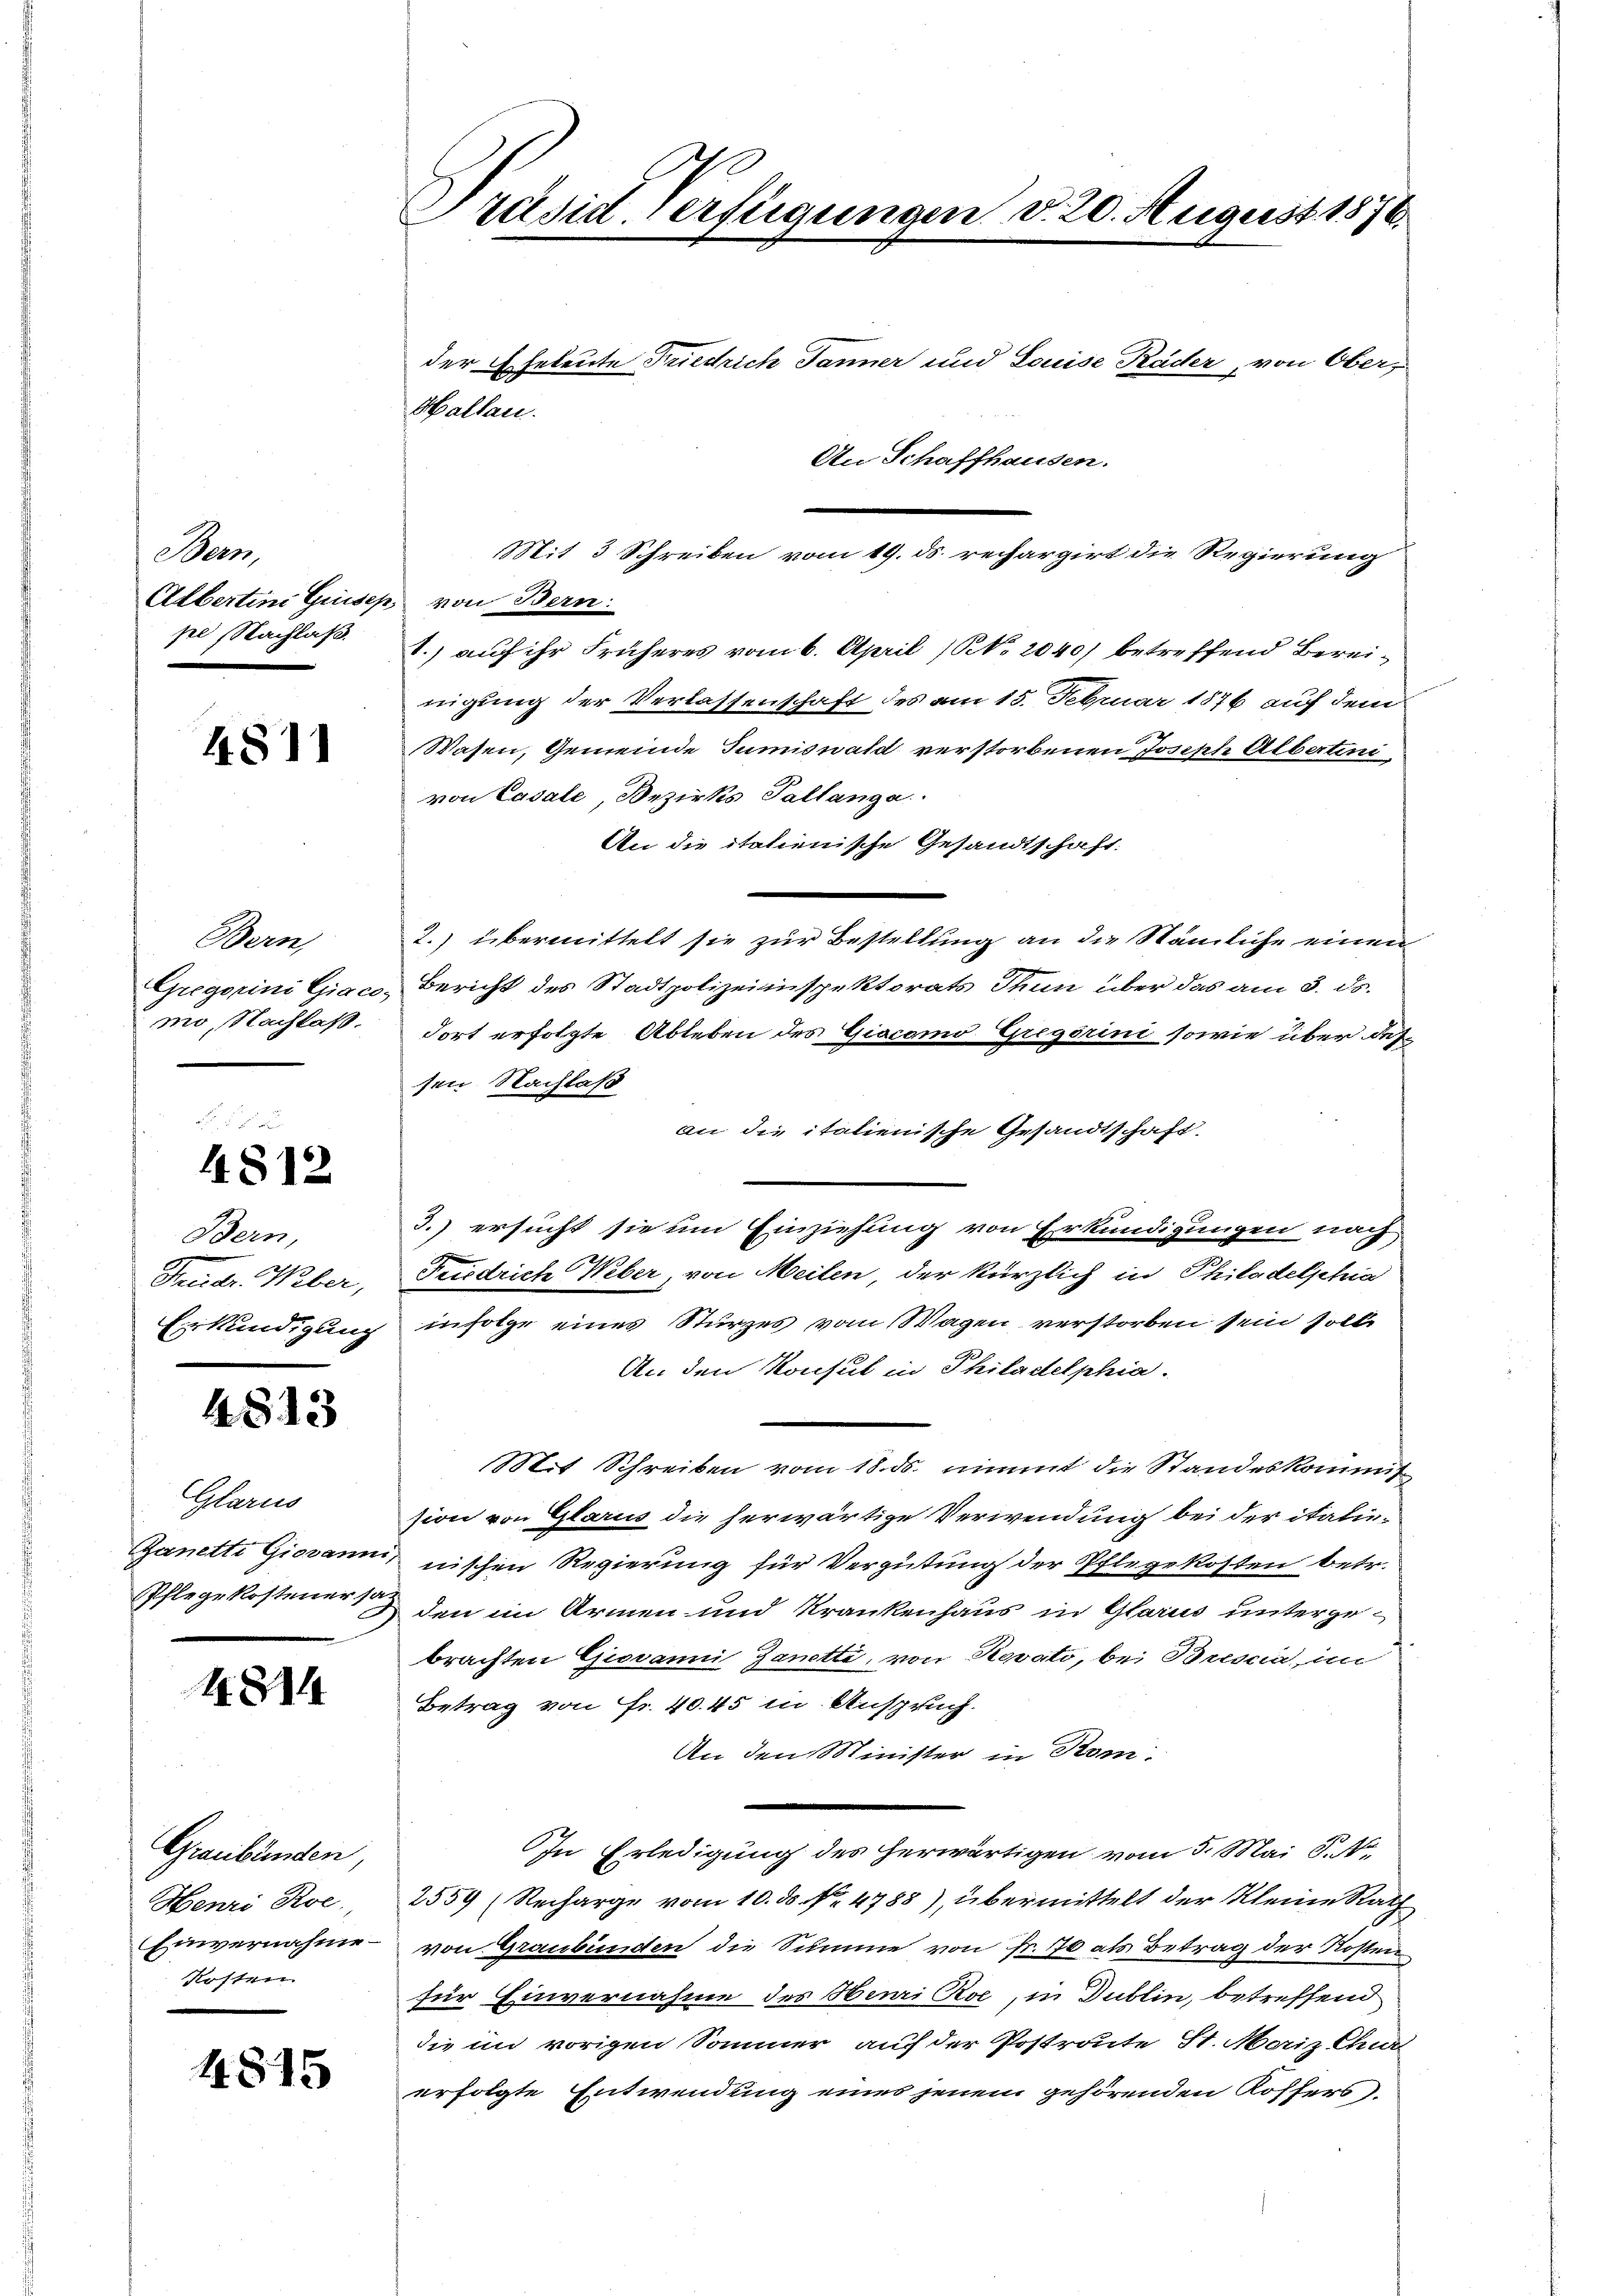
Seon,
Albertini Grusep
pe Nachlass.

4811

Bern,
Gregorini Giaco,
mo, Nachlaß.

4812

Bern,
Pruder Weber,
Erkundigung

4813

Glarus
Ganette Giovann
Pflegekostener so

8

4815

Graubünden
Henri Roe
Einvernahme
Kosten

Präsid. Verfügungen d. 20. August 1876.

Hallau.

der Eheleute Friedrich Janner und Louise Räder, von Ober¬
An Schaffhausen.

Mit 3 Schreiben vom 19. ds. rechargirt die Regierung
2. von Bern:
1.) auf ihr Früheres vom 6. April (S. 2040) betreffend Bereinigung der Verlassenschaft des am 15. Februar 1876 auf dem
Wasen, Gemeinde Sumiswald verstorbenen Joseph Alberten,
von Casale, Bezirks Pallanga
An die itatienische Gesandtschaft.
2.) übermittelt sie zur Bestellung an die Stämliche einen
Bericht des Stadtpolizeiinspektorats Thun über das am 3. ds.
dort erfolgte Ableben des Giacomo Gregorini sowie über des
sen. Nachlaß
an die italienische Gesandtschaft
3.) ersucht sie um Einziehung von Erkundigungen nach
Friedrich Weber, von Meilen, der kürzlich in Philadelphia
infolge eines Sturzes vom Wagen verstorben sein solle
An den Konsul in Philadelphia.
Mit Schreiben vom 18. ds. nimmt die Standeskommis
sion von Glarus die herwärtige Verwendung bei der italie-
nischen Regierung für Vergütung der Pflegekosten betr.
den im Armen und Krankenhaus in Glarus untergebrachten Giovanni Ganette, von Kovato, bei Brescia in
Betrag von Fr. 40. 45 in Anspruch.
An den Minister in Rom.
n
In Erledigung des herwärtigen vom 5. Mai d. M.
2559 (Recharge vom 10. ds N. 4788), übermittelt der Kleine Rath
von Graubünden die Summe von Fr. 70 als Betrag der Kosten
für Einvernahme des Henri Roe, in Dublin, betreffend
die im vorigen Sommer auf der Postroute St. Moriz Chur
erfolgte Entwendung eines jenem gehörenden Koffers.